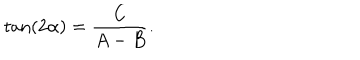
LaTeX: \tan ( 2 \alpha ) = { \frac { C } { A - B } } .